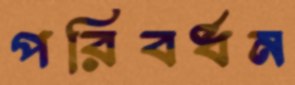
পরিবর্ধন